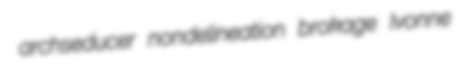
archseducer nondelineation brokage Ivonne